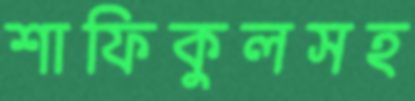
শাফিকুলসহ